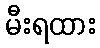
မီးရထား